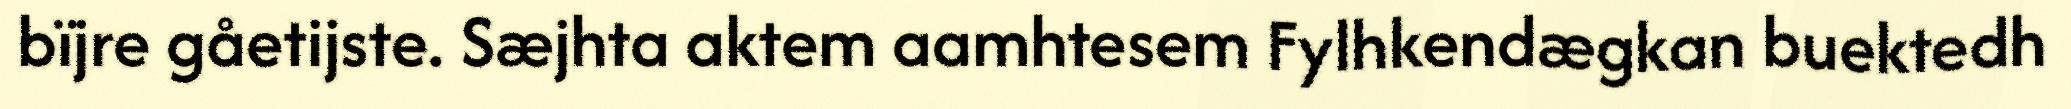
bïjre gåetijste. Sæjhta aktem aamhtesem Fylhkendægkan buektedh